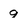
Character: 9